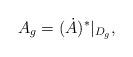
LaTeX: \begin{align*}A_g=(\dot A)^*\vert_{ D_g},\end{align*}